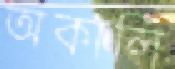
অকালি